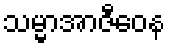
သမ္မာအာဇီဝေန